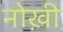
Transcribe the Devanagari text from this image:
नोख़ी